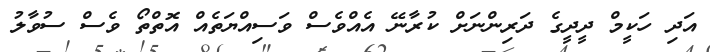
އަދި ހަކީމް ދީދީގެ ދަރިންނަށް ކުރާނޭ އެއްވެސް ވަސިއްޔަތެއް އޮތްތޯ ވެސް ސުވާލު